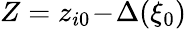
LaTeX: Z=z_{i0}\! -\! \Delta(\xi_{0})